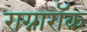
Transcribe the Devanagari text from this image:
राग्नारॉक